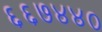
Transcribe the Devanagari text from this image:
६६७४४०